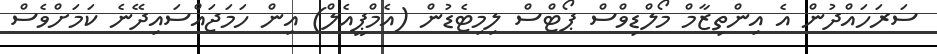
ސަރަހައްދުން އެ އިންތިޒާމް މޯލްޑިވްސް ޕޯޓްސް ލިމިޓެޑުން (އެމްޕީއެލް) އިން ހަމަޖައްސައިދޭނެ ކަމަށްވެސް